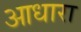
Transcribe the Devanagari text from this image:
आधारा